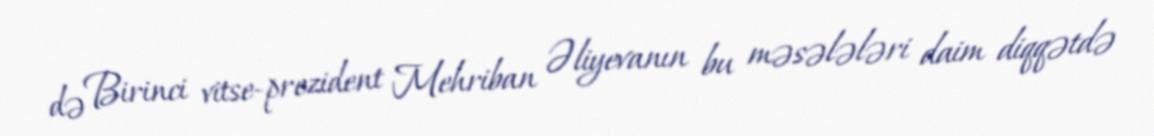
də Birinci vitse-prezident Mehriban Əliyevanın bu məsələləri daim diqqətdə